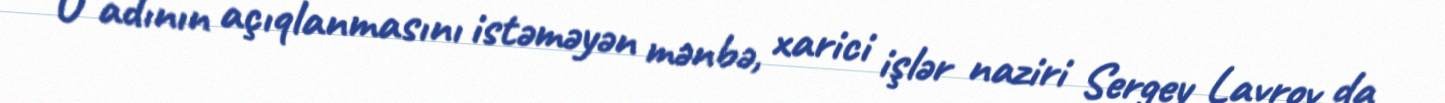
O adının açıqlanmasını istəməyən mənbə, xarici işlər naziri Sergey Lavrov da